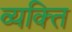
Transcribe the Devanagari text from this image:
व्‍यक्त्‍िा